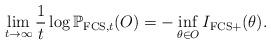
LaTeX: \begin{align*}\lim_{t\rightarrow \infty}\frac{1}{t}\log {\mathbb P}_{{\rm FCS},t}(O)=-\inf_{\theta \in O}I_{{\rm FCS}+}(\theta).\end{align*}